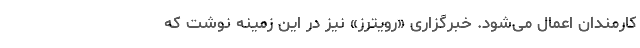
کارمندان اعمال می‌شود. خبرگزاری «رویترز» نیز در این زمینه نوشت که